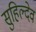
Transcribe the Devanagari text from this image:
सुहिल्देव